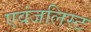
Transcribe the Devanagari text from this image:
एवंजलिस्ट